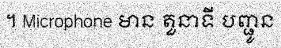
។ Microphone មាន តួនាទី បញ្ជូន